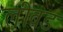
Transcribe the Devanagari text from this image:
लीवड